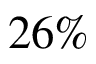
2 6 \%